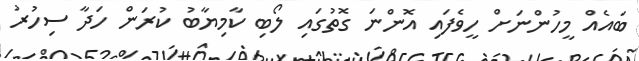
ބައެއް މީހުންނަށް ހީވެފައި އޮންނަ ގޮތުގައި ލޯބި ކާމިޔާބު ކުރަން ހަދާ ސިހުރު